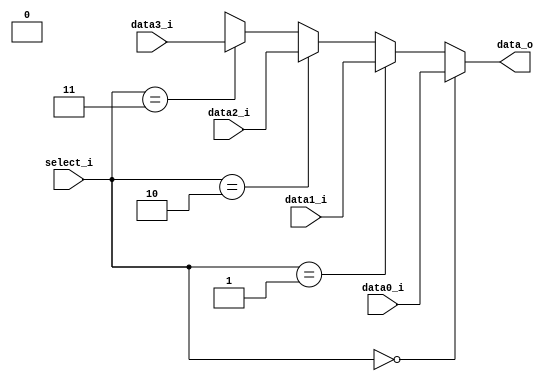
`ifndef MUX_4TO1_V
`define MUX_4TO1_V
module MUX_4to1(
               data0_i,
               data1_i,
					data2_i,
               data3_i,
               select_i,
               data_o
               );

    parameter size = 0;

    //I/O ports
    input   [size-1:0] data0_i;
    input   [size-1:0] data1_i;
	 input   [size-1:0] data2_i;
    input   [size-1:0] data3_i;
    input    [1:0]     select_i;
    output  [size-1:0] data_o;

    //Internal Signals
    reg     [size-1:0] data_o;

    //Main function
    always @ ( * ) begin
        data_o = (select_i == 2'b00)? data0_i : 
					  (select_i == 2'b01)? data1_i :
					  (select_i == 2'b10)? data2_i :
					  (select_i == 2'b11)? data3_i : 1'bx;
    end

endmodule
`endif//MUX_2TO1_V